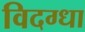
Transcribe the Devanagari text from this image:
विदग्धा